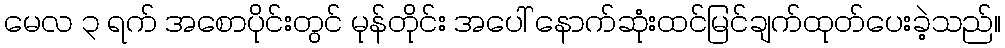
မေလ ၃ ရက် အစောပိုင်းတွင် မုန်တိုင်း အပေါ် နောက်ဆုံးထင်မြင်ချက်ထုတ်ပေးခဲ့သည်။